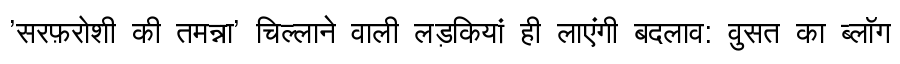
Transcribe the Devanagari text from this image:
'सरफ़रोशी की तमन्ना' चिल्लाने वाली लड़कियां ही लाएंगी बदलाव: वुसत का ब्लॉग